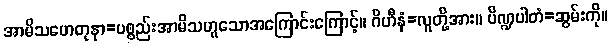
အာမိသဟေတုနာ=ပစ္စည်းအာမိသဟူသောအကြောင်းကြောင့်။ ဂိဟီနံ=လူတို့အား။ ပိဏ္ဍပါတံ=ဆွမ်းကို။